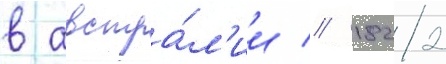
в австра́л'ии // 1822